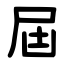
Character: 屆